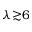
\lambda { \gtrsim } 6